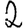
Digit: 2